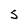
Character: S